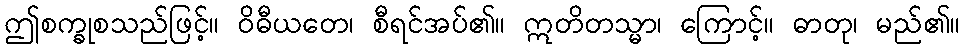
ဤစက္ခုစသည်ဖြင့်။ ဝိဓီယတေ၊ စီရင်အပ်၏။ ဣတိတသ္မာ၊ ကြောင့်။ ဓာတု၊ မည်၏။